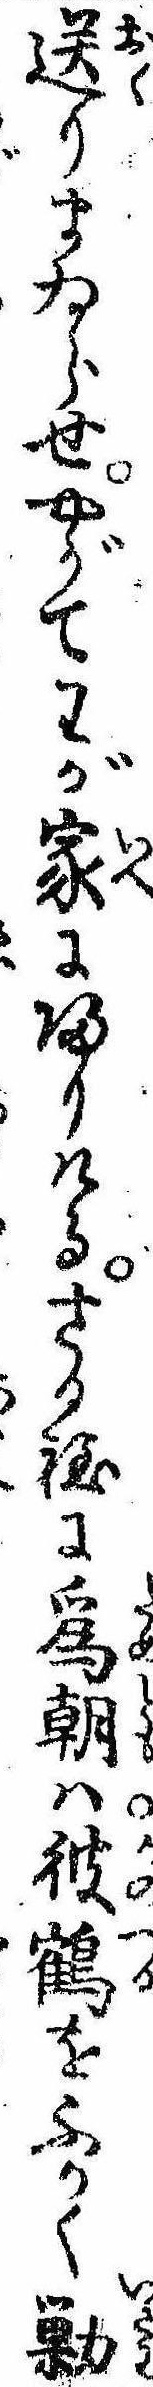
送りまゐらせやがてわが家に帰りけるさる程に為朝は彼鶴をふかく勦